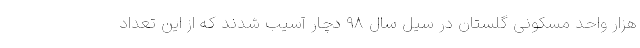
هزار واحد مسکونی گلستان در سیل سال ۹۸ دچار آسیب شدند که از این تعداد